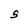
Character: S